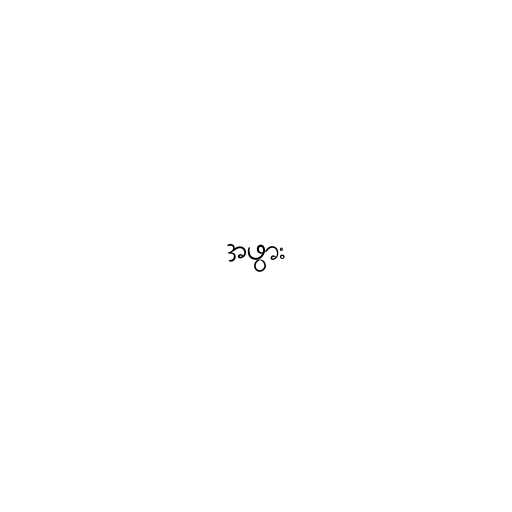
အဖွား